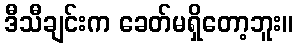
ဒီသီချင်းက ခေတ်မရှိတော့ဘူး။